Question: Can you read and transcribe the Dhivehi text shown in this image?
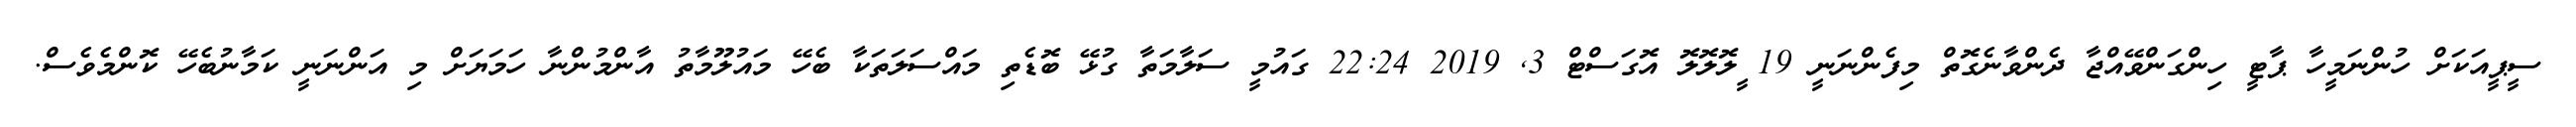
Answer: ސީޕީއަކަށް ހުންނަމީހާ ޕާޓީ ހިންގަންވޭއްޖާ ދެންވާނެގޮތް މިފެންނަނީ 19 ީލޮލޮލޮ އޮގަސްޓް 3, 2019 22:24 ގައުމީ ސަލާމަތާ ގުޅޭ ބޮޑެތި މައްސަލަތަކާ ބެހޭ މައުލޫމާތު އާންމުންނާ ހަމަޔަށް މި އަންނަނީ ކަމާނުބެހޭ ކޮންމެވެސް.